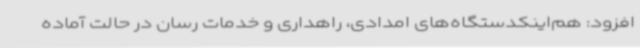
افزود: هم‌اینکدستگاه‌های امدادی، راهداری و خدمات رسان در حالت آماده